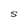
Character: S